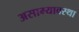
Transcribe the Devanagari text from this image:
असाम्यावस्था